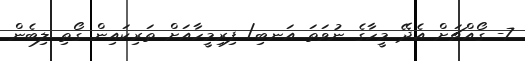
7- ގޯއްޗަށް އެދޭ މީހާގެ ނުވަތަ އަނބި/ ފިރިމީހާއަށް ތަރިކައިން ގޯތި ލިބެން